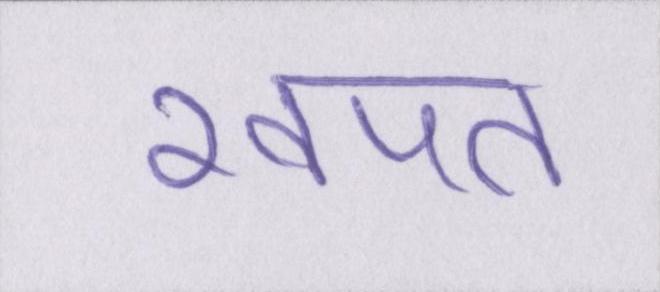
खपत